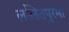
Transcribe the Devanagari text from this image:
ललितपुरमा